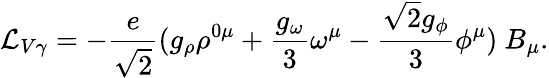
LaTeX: {\cal L}_{V\gamma}=-{\frac{e}{\sqrt{2}}}(g_{\rho}\rho^{0\mu}+{\frac{g_{\omega}}{3}}\omega^{\mu}-{\frac{\sqrt{2}g_{\phi}}{3}}\phi^{\mu})~B_{\mu}.